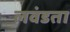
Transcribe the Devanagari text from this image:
लवंडता